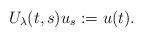
LaTeX: \begin{align*} U_\lambda(t,s)u_s:=u(t).\end{align*}